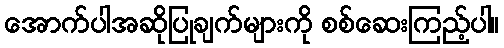
အောက်ပါအဆိုပြုချက်များကို စစ်ဆေးကြည့်ပါ။